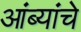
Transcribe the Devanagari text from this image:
आंब्यांचे